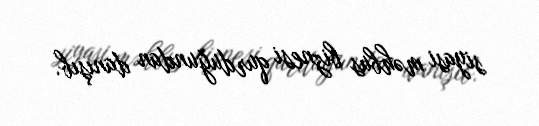
siyasi məhbus biznesi qurduğundan danışıb.